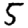
Digit: 5